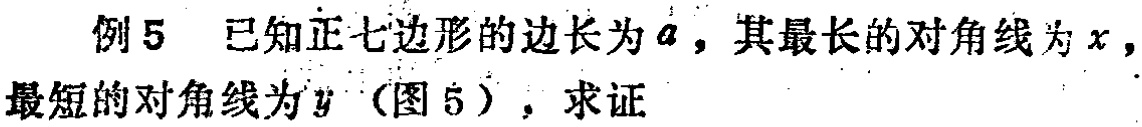
例5 已知正七边形的边长为\(a\)，其最长的对角线为\(x\)，最短的对角线为\(y\)（图5），求证